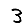
Digit: 3